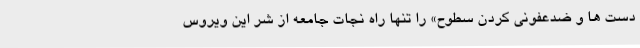
دست ها و ضدعفونی کردن سطوح» را تنها راه نجات جامعه از شر این ویروس